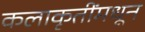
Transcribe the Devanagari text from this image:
कलाकृतींमधून